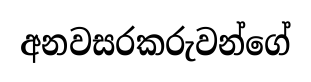
අනවසරකරුවන්ගේ